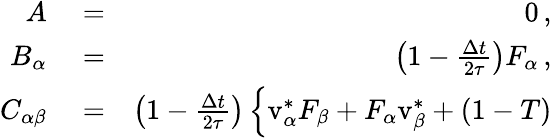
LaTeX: \begin{array}{rlr}{A}&{{}=}&{0\, ,}\\ {B_{\alpha}}&{{}=}&{\left(1-\frac{\Delta t}{2\tau}\right)F_{\alpha}\, ,}\\ {C_{\alpha\beta}}&{{}=}&{\left(1-\frac{\Delta t}{2\tau}\right)\left\{ \mathrm{v}_{\alpha}^{*}F_{\beta}+F_{\alpha}\mathrm{v}_{\beta}^{*}+(1-T)\right.}\end{array}